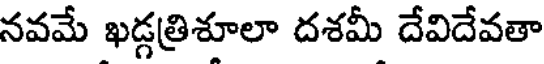
నవమే ఖడ్గత్రిశూలా దశమీ దేవిదేవతా